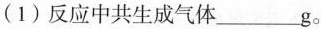
(1)反应中共生成气体_________。